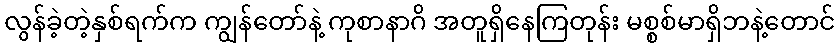
လွန်ခဲ့တဲ့နှစ်ရက်က ကျွန်တော်နဲ့ ကုစာနာဂိ အတူရှိနေကြတုန်း မစ္စစ်မာရှိဘနဲ့တောင်